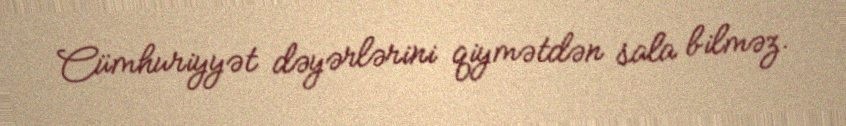
Cümhuriyyət dəyərlərini qiymətdən sala bilməz.